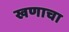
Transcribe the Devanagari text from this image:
खणाचा